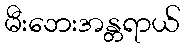
မီးဘေးအန္တရာယ်